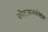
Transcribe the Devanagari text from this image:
क्वेटजालकोटल